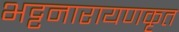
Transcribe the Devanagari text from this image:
भट्टनारायणकृत